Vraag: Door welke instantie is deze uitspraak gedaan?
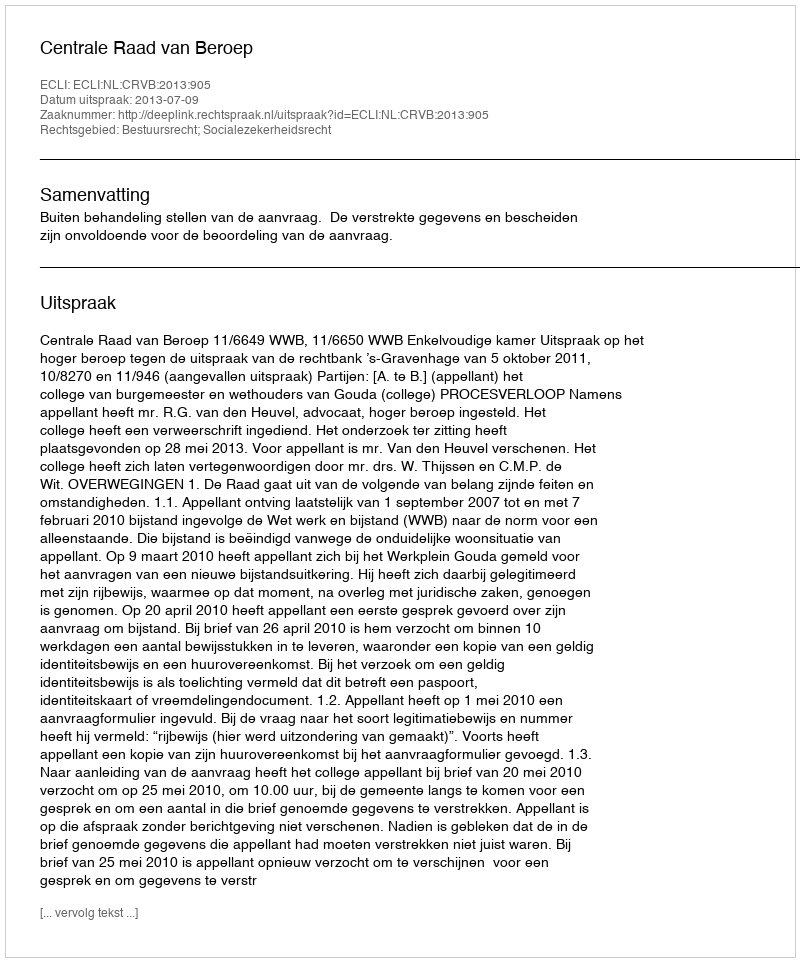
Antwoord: Centrale Raad van Beroep